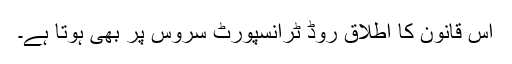
اس قانون کا اطلاق روڈ ٹرانسپورٹ سروس پر بھی ہوتا ہے۔